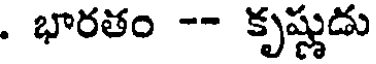
. భారతం -- కృష్ణుడు